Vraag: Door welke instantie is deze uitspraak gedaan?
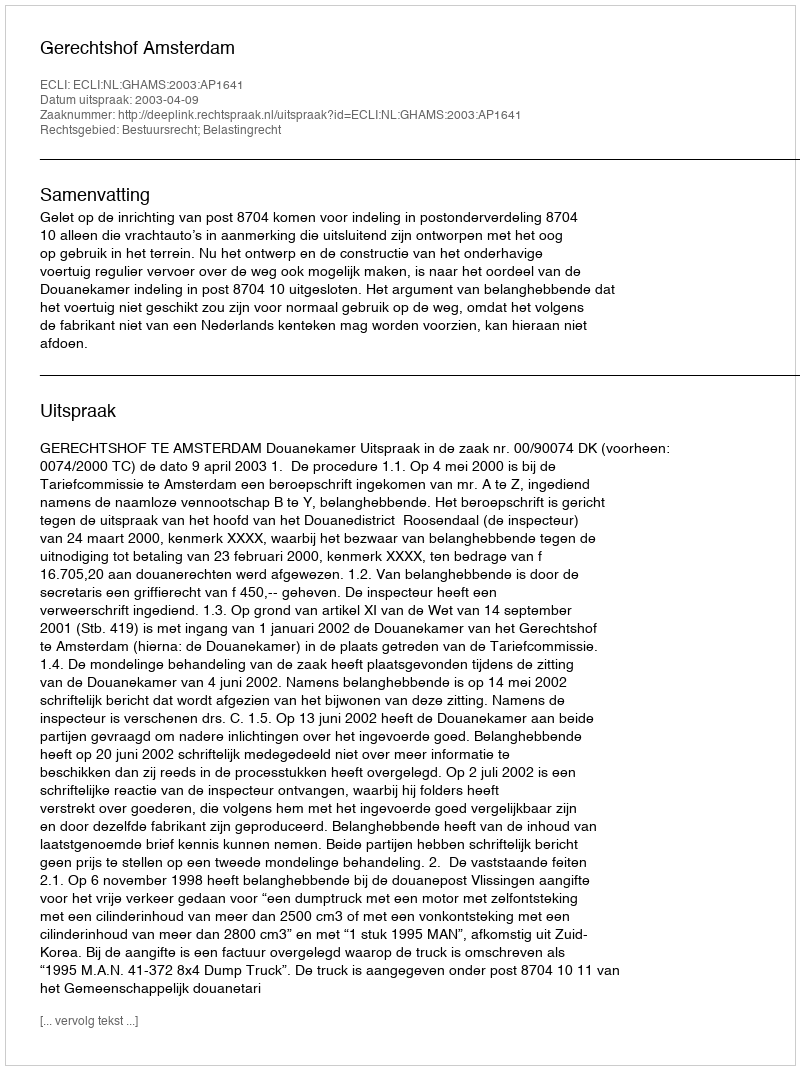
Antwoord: Gerechtshof Amsterdam